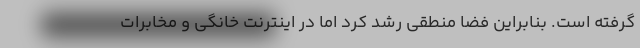
گرفته است. بنابراین فضا منطقی رشد کرد اما در اینترنت خانگی و مخابرات